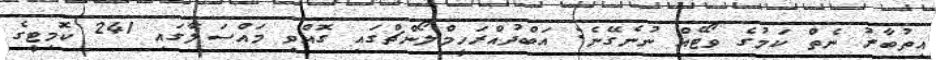
އިތުބާރު ނެތް ކަމުގެ ވޯޓެއް ނުނެގޭނެ: އަބްދުއްރަހީމްލޯންޗްގައި ގޮއްވި މައްސަލާގައި 241 ކޮމިޓީގެ